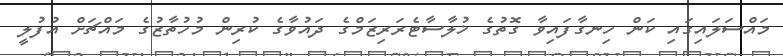
މައްސަލައިގައި ކަން ހިނގާފައިވާ ގޮތުގެ ޚުލާސާޓެރަރިޒަމްގެ ދައުވާގެ ކުރިން މުހުތާޒުގެ މައްޗަށް އުފުލީ